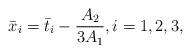
LaTeX: \begin{align*}\bar x_i = \bar t_i - \frac{{{A_2}}}{{3{A_1}}},i = 1,2,3,\end{align*}